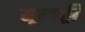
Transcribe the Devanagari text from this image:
मूल्यवूद्धि